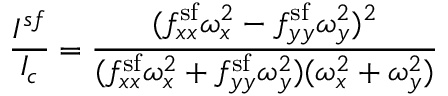
\frac { I ^ { s f } } { I _ { c } } = \frac { ( f _ { x x } ^ { \mathrm { s f } } \omega _ { x } ^ { 2 } - f _ { y y } ^ { \mathrm { s f } } \omega _ { y } ^ { 2 } ) ^ { 2 } } { ( f _ { x x } ^ { \mathrm { s f } } \omega _ { x } ^ { 2 } + f _ { y y } ^ { \mathrm { s f } } \omega _ { y } ^ { 2 } ) ( \omega _ { x } ^ { 2 } + \omega _ { y } ^ { 2 } ) }